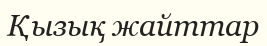
Қызық жайттар